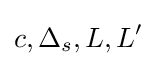
c,\Delta _{s},L,L'